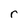
Character: r